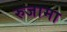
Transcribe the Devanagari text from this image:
रुजामा